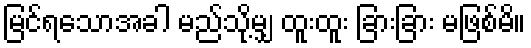
မြင်ရသောအခါ မည်သို့မျှ ထူးထူး ခြားခြား မဖြစ်မိ။